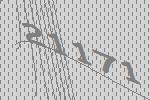
21171